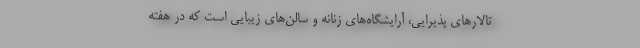
تالارهای پذیرایی، آرایشگاه‌های زنانه و سالن‌های زیبایی است که در هفته